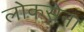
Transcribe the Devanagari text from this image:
लोकसेना